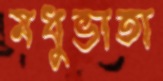
মধুভাতা